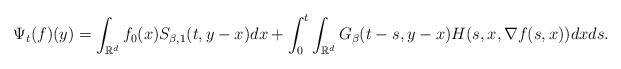
LaTeX: \begin{align*}\Psi_{t}(f)(y)=\int_{\mathbb{R}^{d}}f_{0}(x)S_{\beta, 1}(t,y-x)dx + \int_{0}^{t} \int_{\mathbb{R}^{d}}G_{\beta}(t-s, y-x)H(s,x, \nabla f(s,x))dx ds.\end{align*}